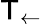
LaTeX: \mathsf{T}_{\leftarrow}